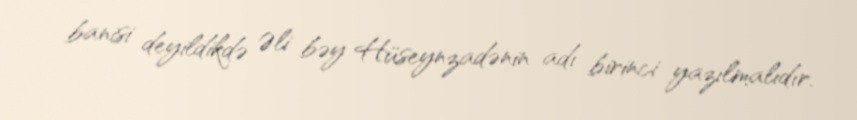
banisi deyildikdə Əli bəy Hüseynzadənin adı birinci yazılmalıdır.